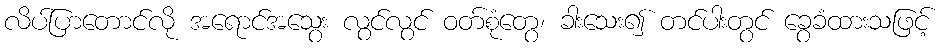
လိပ်ပြာတောင်လို အရောင်အသွေး လွင်လွင် ဝတ်စုံတွေ၊ ခါးသေး၍ တင်ပါးတွင် ခွေခံထားသဖြင့်